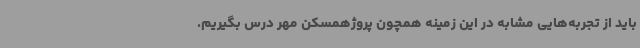
باید از تجربه‌هایی مشابه در این زمینه همچون پروژهمسکن مهر درس بگیریم.